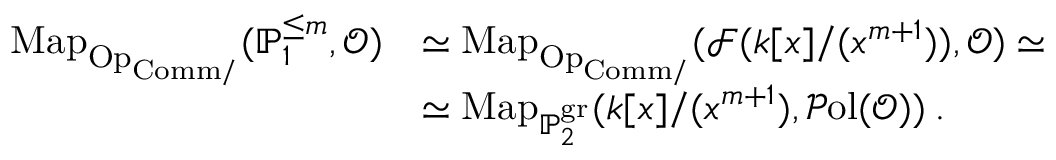
\begin{array} { r l } { \mathrm { M a p } _ { \mathrm { O p } _ { \mathrm { C o m m } / } } ( \mathbb { P } _ { 1 } ^ { \le m } , \mathcal { O } ) } & { \simeq \mathrm { M a p } _ { \mathrm { O p } _ { \mathrm { C o m m } / } } ( \mathcal { F } ( k [ x ] / ( x ^ { m + 1 } ) ) , \mathcal { O } ) \simeq } \\ & { \simeq \mathrm { M a p } _ { \mathbb { P } _ { 2 } ^ { \mathrm { g r } } } ( k [ x ] / ( x ^ { m + 1 } ) , \mathcal { P } \mathrm { o l } ( \mathcal { O } ) ) \: . } \end{array}